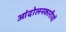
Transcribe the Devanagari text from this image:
आंदोलनकारीयों